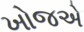
ખોજએ